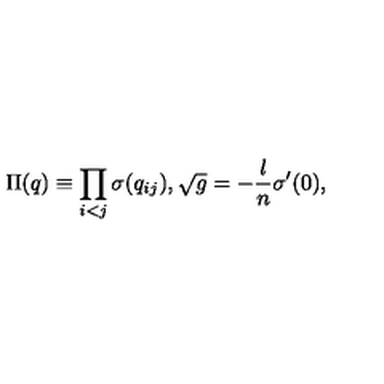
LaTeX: \Pi ( q ) \equiv \prod _ { i < j } \sigma ( q _ { i j } ) , \sqrt { g } = - \frac { l } { n } \sigma ^ { \prime } ( 0 ) ,